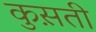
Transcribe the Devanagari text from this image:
कुस़ती